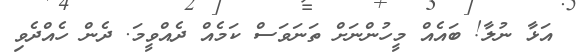
އަޅާ ނުލާ! ބައެއް މީހުންނަށް ތަނަވަސް ކަމެއް ދެއްވީމަ. ދެން ހެއްދެވި